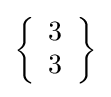
\left\{{\begin{array}{l}3\\3\end{array}}\right\}